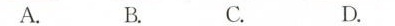
A. B. C. D.